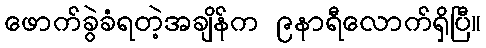
ဖောက်ခွဲခံရတဲ့အချိန်က ၉နာရီလောက်ရှိပြီ။